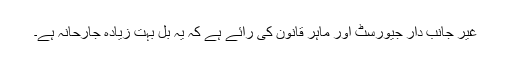
غیر جانب دار جیورسٹ اور ماہر قانون کی رائے ہے کہ یہ بل بہت زیادہ جارحانہ ہے۔